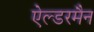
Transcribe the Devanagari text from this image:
ऐल्डरमैन